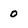
Character: o